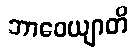
ဘာဝေယျာတိ